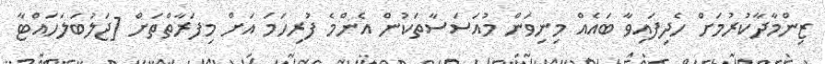
ޒިންމާދާކުރުމަށް ހެދިފައިވާ ބައެއް މިނިވަން މުއަސަސާތަކުން އެންމެ ފުރިހަމަ އަށް މިފަރާތްތަށް [ޖަލުބަލަހައްޓާ